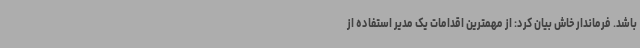
باشد. فرماندار خاش بیان کرد: از مهمترین اقدامات یک مدیر استفاده از